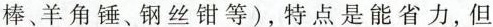
棒、羊角锤、钢丝钳等)，特点是能省力，但